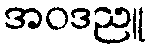
အဝဒညူ